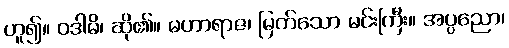
ဟူ၍။ ဝဒါမိ၊ ဆို၏။ မဟာရာဇ၊ မြတ်သော မင်းကြီး။ အပ္ပညော၊